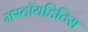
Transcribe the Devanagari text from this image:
मस्टॉयडिटिस